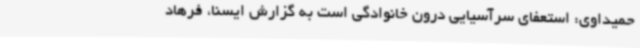
حمیداوی: استعفای سرآسیایی درون خانوادگی است به گزارش ایسنا، فرهاد